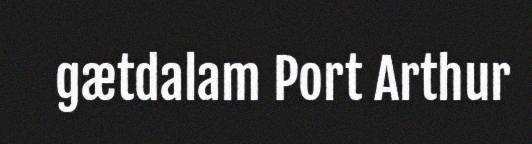
gætdalam Port Arthur